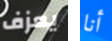
يعزف أنا